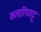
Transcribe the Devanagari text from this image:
कलारिपयट्टू